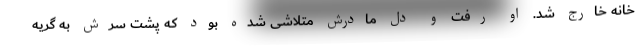
خانه خارج شد. او رفت و دل مادرش متلاشی شده بود که پشت سرش به گریه